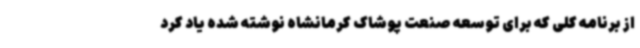
از برنامه کلی که برای توسعه صنعت پوشاک کرمانشاه نوشته شده یاد کرد